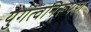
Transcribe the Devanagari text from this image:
युगत्वनिरूपण